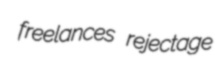
freelances rejectage